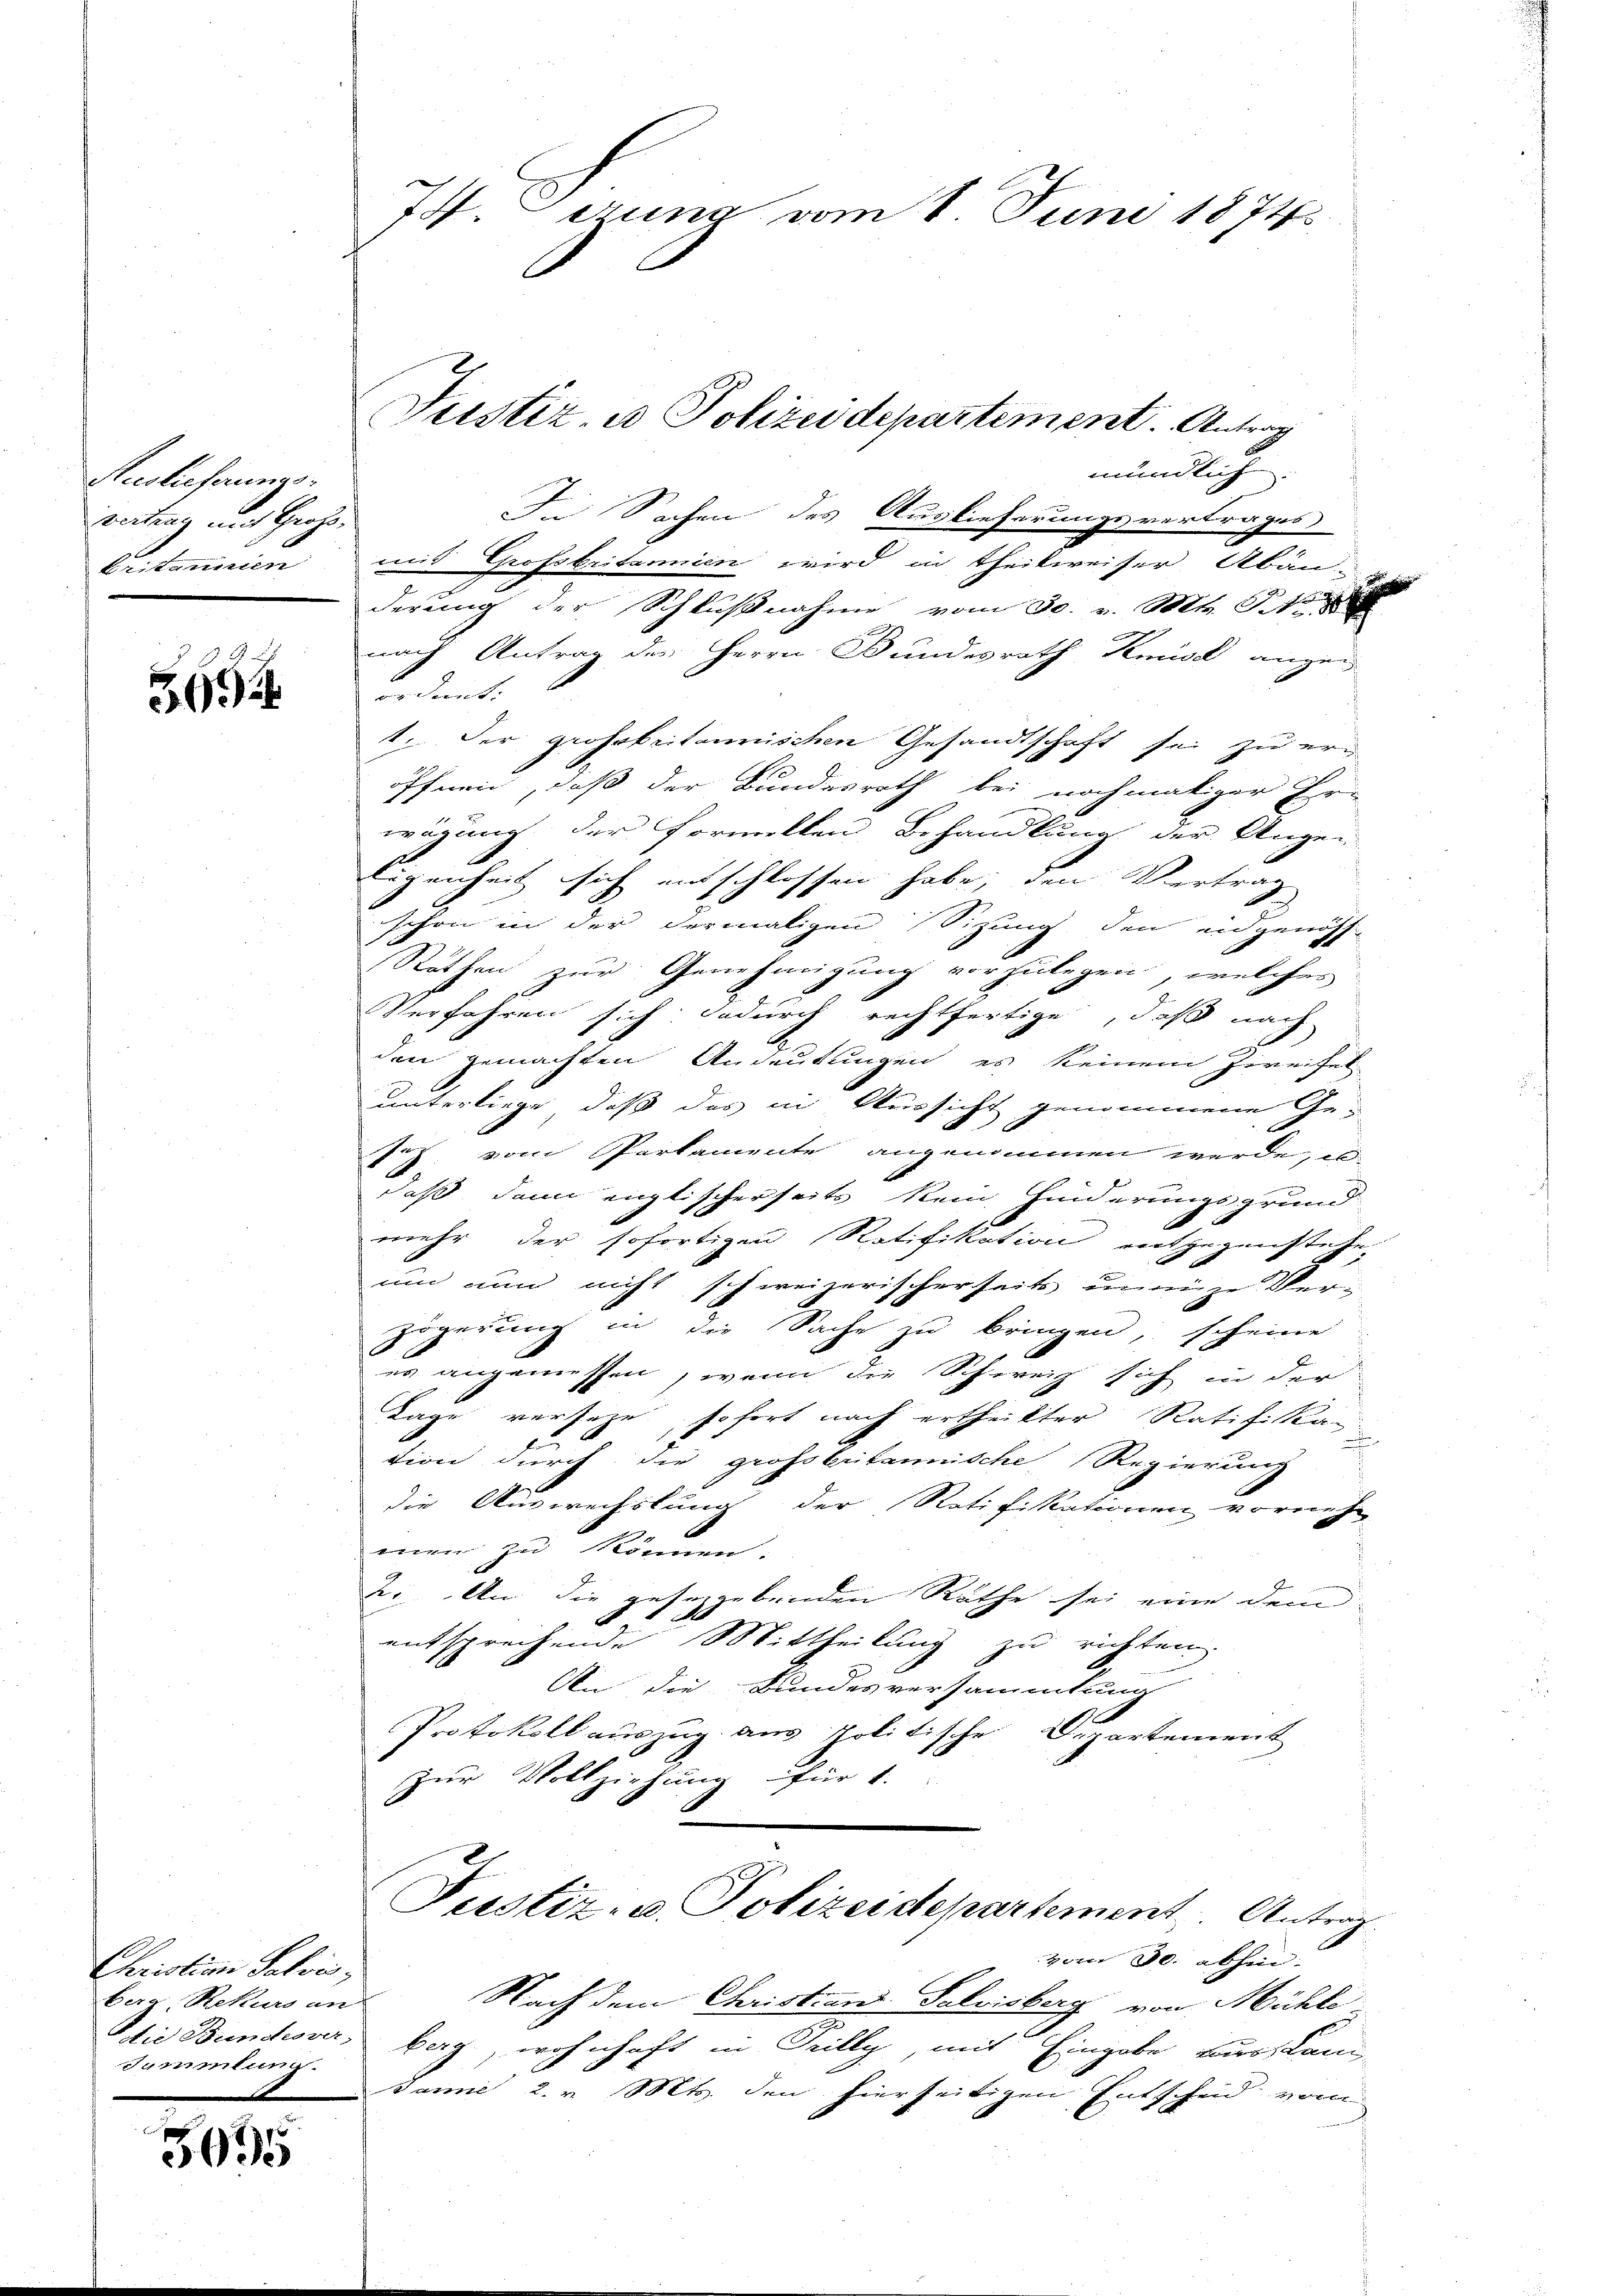
Auslieferungs-
vertrag mit Groß-
Eritannien

569

Christin Salon,
bar, Rekurs an
Die Bundesver-
Sammlun

3095

74. Derung vom 8. Juni 1874.

In Sachen des Auslieferungsvertrages
mit Grofsbritannien wird in Theilweiser Abän-
derung der Schlußnahme vom 30. v. Mts. Sitt
nach Antrag des Herrn Bundesrath Keise angen
ardert.
1. Der grossbritannischen Gesandtschaft sei zu eri
öffnen, daß der Bundesrath bei nochmaliger Er-
wägung der formellen Behandlung der Augen
Eigenheit sich entschlossen habe, den Vertrag
schon in der dermaligen Sizung den eidgenöss
Röthen zur Genehmigung vorzulegen, welches
Verfahren sich: dadurch rechtfertige, daß nach
den gemachten Andeutungen es keinem Zweifel
unterliege, daß das in Versicht genommene Ge¬
Jez, vom Parlamente angenommen werde, in
daß dann englischerseits kein Hinderungsgrund
mehr der sofortigen Ratifikation entgegenstehe.
um nun nicht schweizerischerseits innige Ver-
zögerung die Sache zu bringen, scheine
es angemessen, wenn die Schweiz sich in der
Tage verseze, sofort nach ertheilter Ratifika
tion durch die grossbritannische Regierung
die Auswechslung der Ratifikationen vorneh
men zu können.
2.. An die geseggebenden Räthe sei eine dementsprechende Mittheilung zu richten.
An die Bundesversammlung
e
Protokoll auszug aus politische Departement
zur Vollziehung für 1.
Pustiz- u. Polizeidepartement Antrag
vom 30. abhin.
Nach dem Christian Salvisberg von Mühle
bag, wohnhaft in Prilly mit Eingabe nur Lan
Janne 2. v. Mts. den hierseitigen Entscheid vom

Justiz- u Polizeidepartiment. Antrag

mündlich.